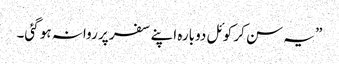
” یہ سن کر کوئل دوبارہ اپنے سفر پر روانہ ہو گئی۔